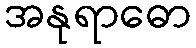
အနုရာဓော